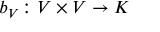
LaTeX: b _ { V } \colon V \times V \to K